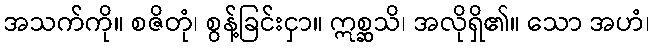
အသက်ကို။ စဇိတုံ၊ စွန့်ခြင်းငှာ။ ဣစ္ဆသိ၊ အလိုရှိ၏။ သော အဟံ၊